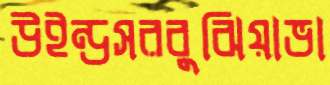
উইন্ডসরবুঝিয়াভা